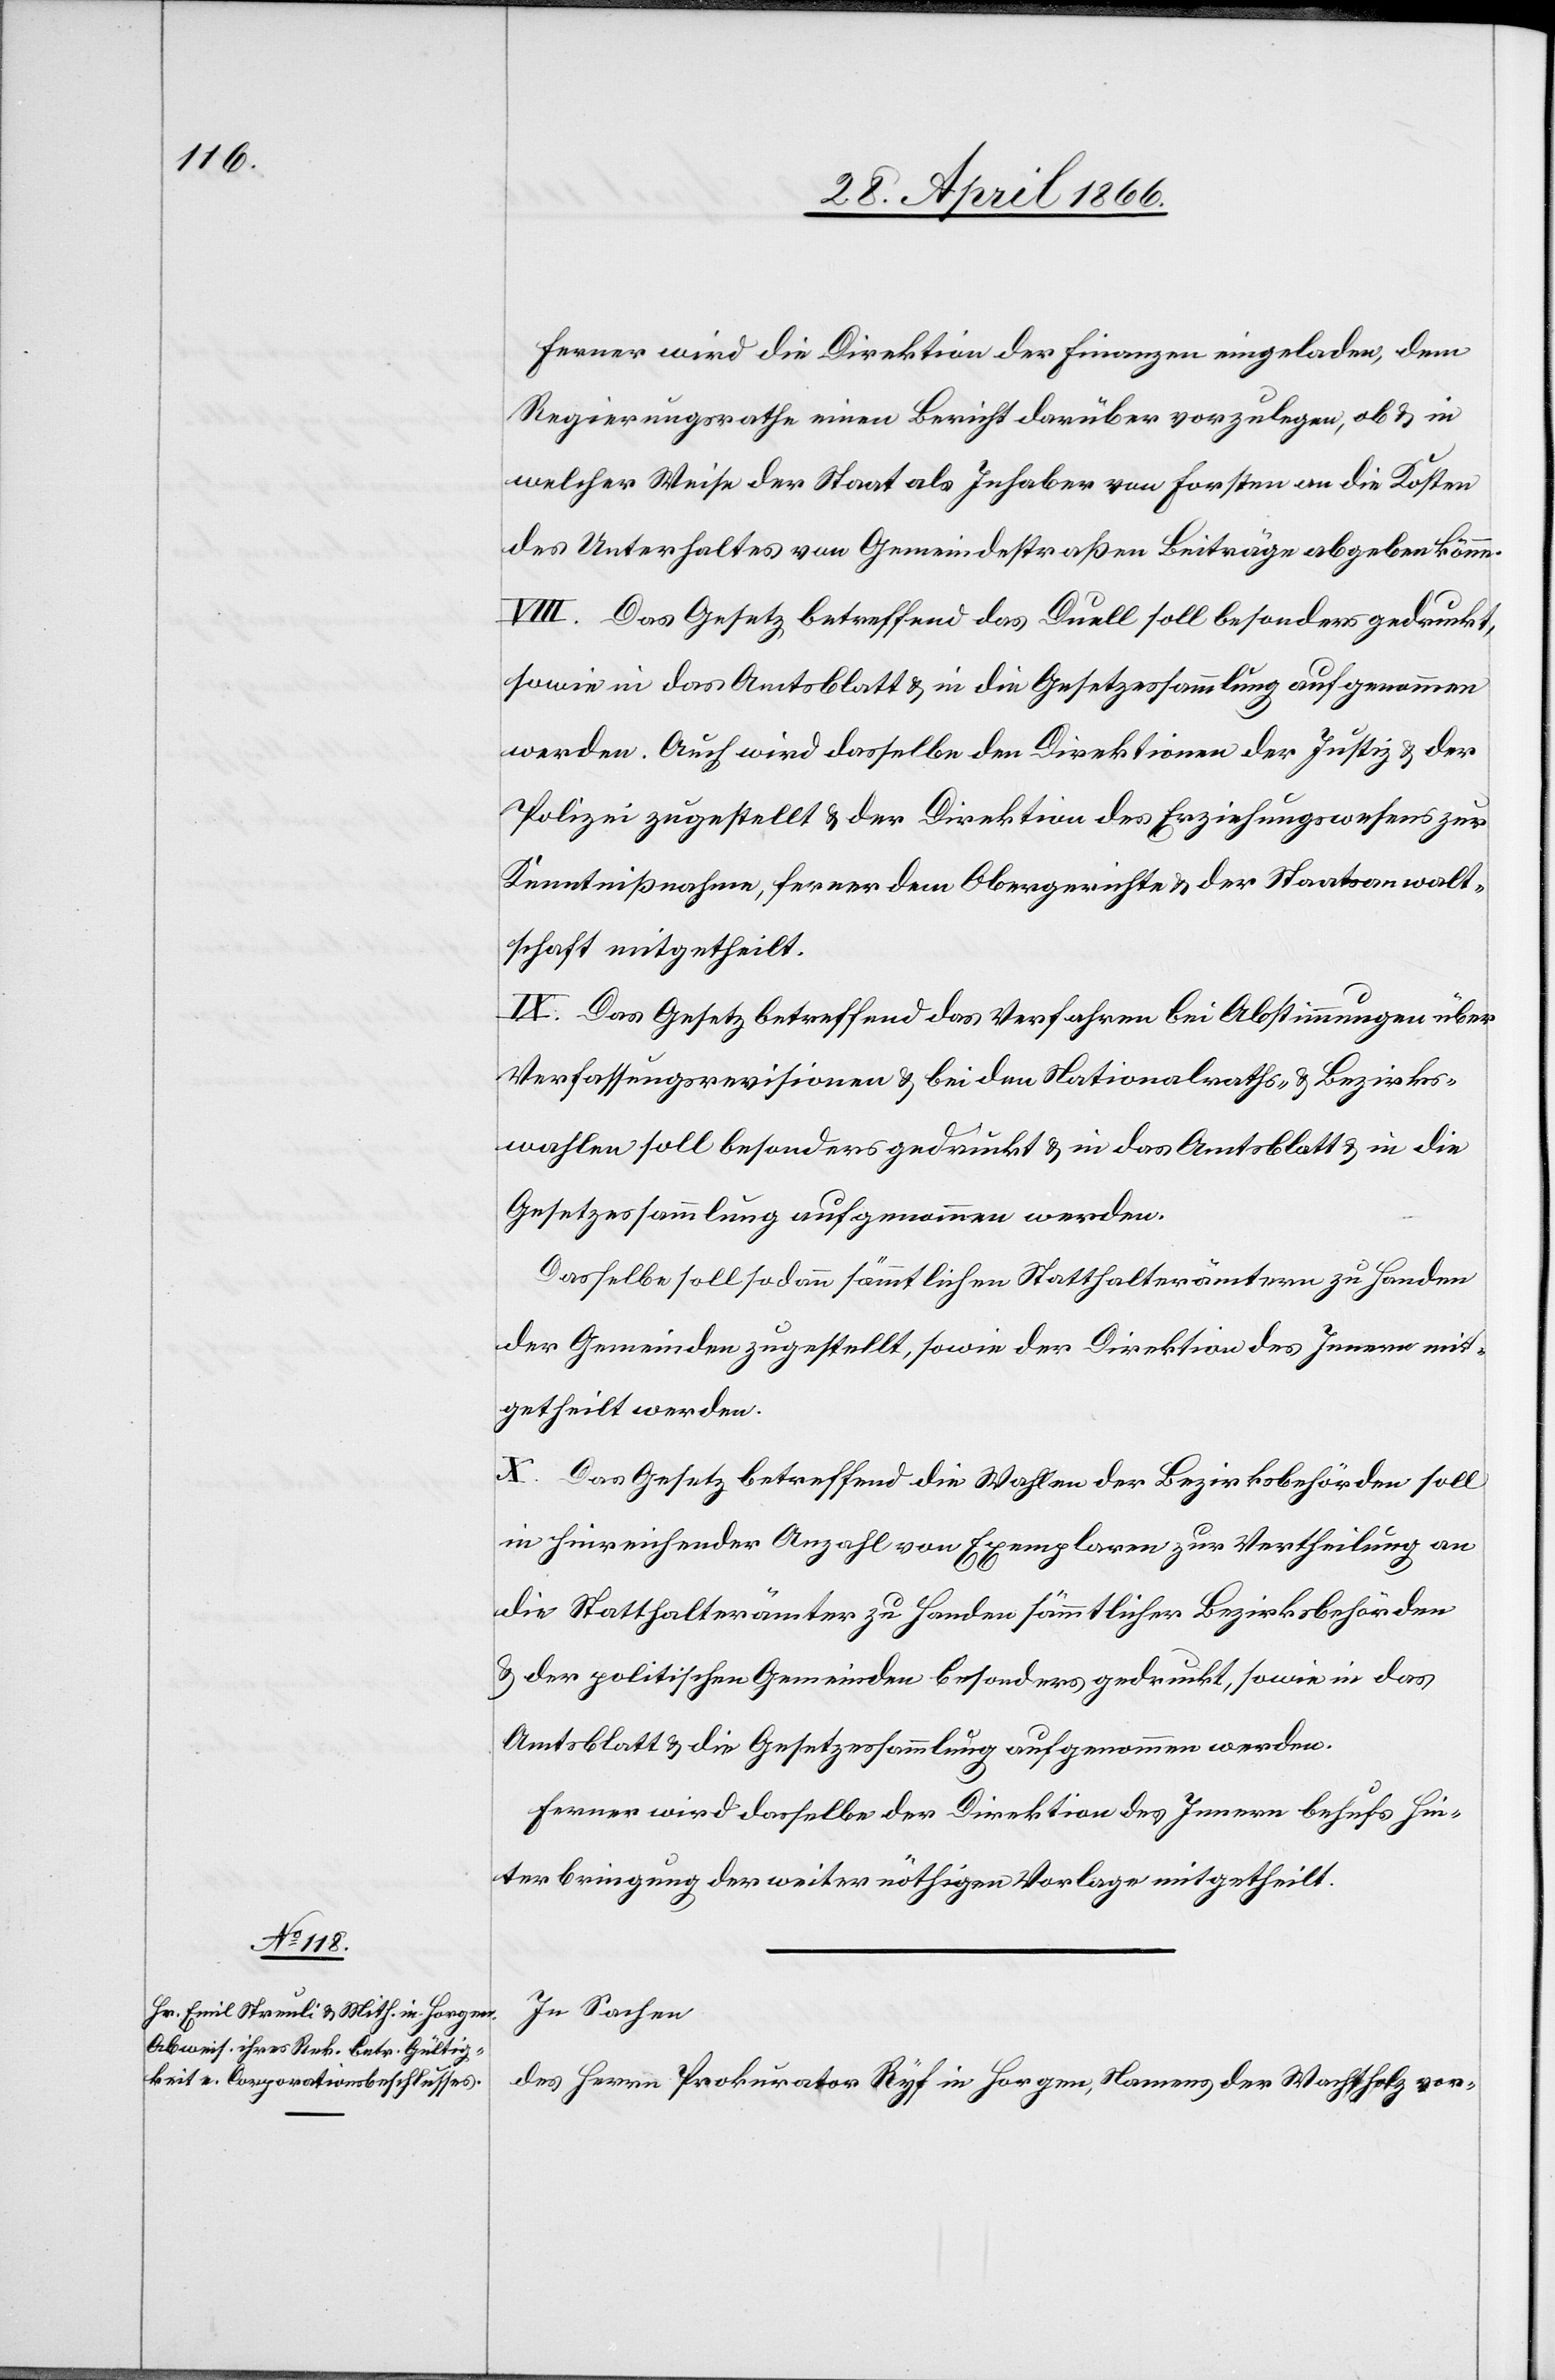
Ferner wird die Direktion der Finanzen eingeladen, dem
Regierungsrathe einen Bericht darüber vorzulegen, ob u. in
welcher Weise der Staat als Inhaber von Forsten an die Kosten
des Unterhaltes von Gemeindestraßen Beiträge abgeben könne.
VIII. Das Gesetz betreffend das Duell soll besonders gedruckt,
sowie in das Amtsblatt u. in die Gesetzessammlung aufgenommen
werden. Auch wird dasselbe den Direktionen der Justiz u. der
Polizei zugestellt u. der Direktion des Erziehungswesens zur
Kenntnißnahme, ferner dem Obergerichte u. der Staatsanwalt¬
schaft mitgetheilt.
IX. Das Gesetz betreffend das Verfahren bei Abstimmungen über
Verfassungsrevisionen u. bei den Nationalraths- u. Bezirks¬
wahlen soll besonders gedruckt u. in das Amtsblatt u. in die
Gesetzessammlung aufgenommen werden.
Dasselbe soll sodann sämmtlichen Statthalterämtern zu Handen
der Gemeinden zugestellt, sowie der Direktion des Innern mit¬
getheilt werden.
X. Das Gesetz betreffend die Wahlen der Bezirksbehörden soll
in hinreichender Anzahl von Exemplaren zur Vertheilung an
die Statthalterämter zu Handen sämmtlicher Bezirksbehörden
u. der politischen Gemeinden besonders gedruckt, sowie in das
Amtsblatt u. die Gesetzessammlung aufgenommen werden.
Ferner wird dasselbe der Direktion des Innern behufs Hin¬
terbringung der weiter nöthigen Vorlage mitgetheilt.
In Sachen
des Herrn Prokurator Ryf in Horgen, Namens der Wachtholzvor-